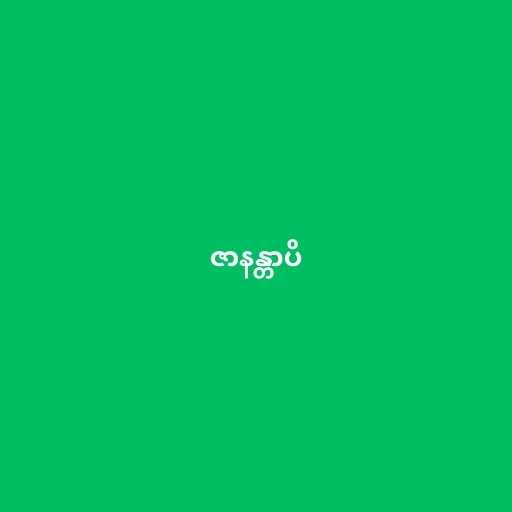
ဇာနန္တာပိ